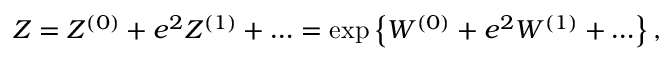
Z = Z ^ { ( 0 ) } + e ^ { 2 } Z ^ { ( 1 ) } + \ldots = \exp \left\{ W ^ { ( 0 ) } + e ^ { 2 } W ^ { ( 1 ) } + \ldots \right\} ,